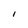
Character: i